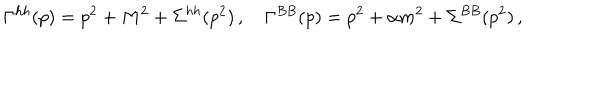
\Gamma ^ { h h } ( p ) = p ^ { 2 } + M ^ { 2 } + \Sigma ^ { h h } ( p ^ { 2 } ) \, , \quad \Gamma ^ { B B } ( p ) = p ^ { 2 } + \alpha m ^ { 2 } + \Sigma ^ { B B } ( p ^ { 2 } ) \, ,